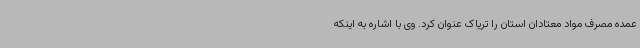
عمده مصرف مواد معتادان استان را تریاک عنوان کرد. وی با اشاره به اینکه